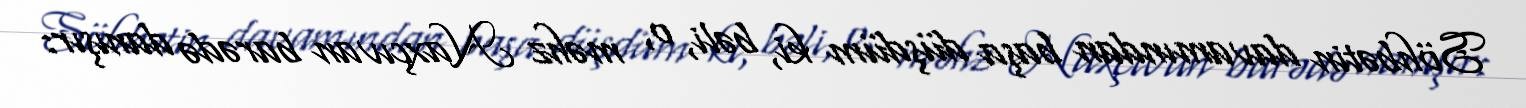
Söhbətin davamından başa düşdüm ki, bəli, o, məhz Naxçıvan barədə danışır: